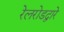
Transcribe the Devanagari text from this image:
रेलरोडद्वारे